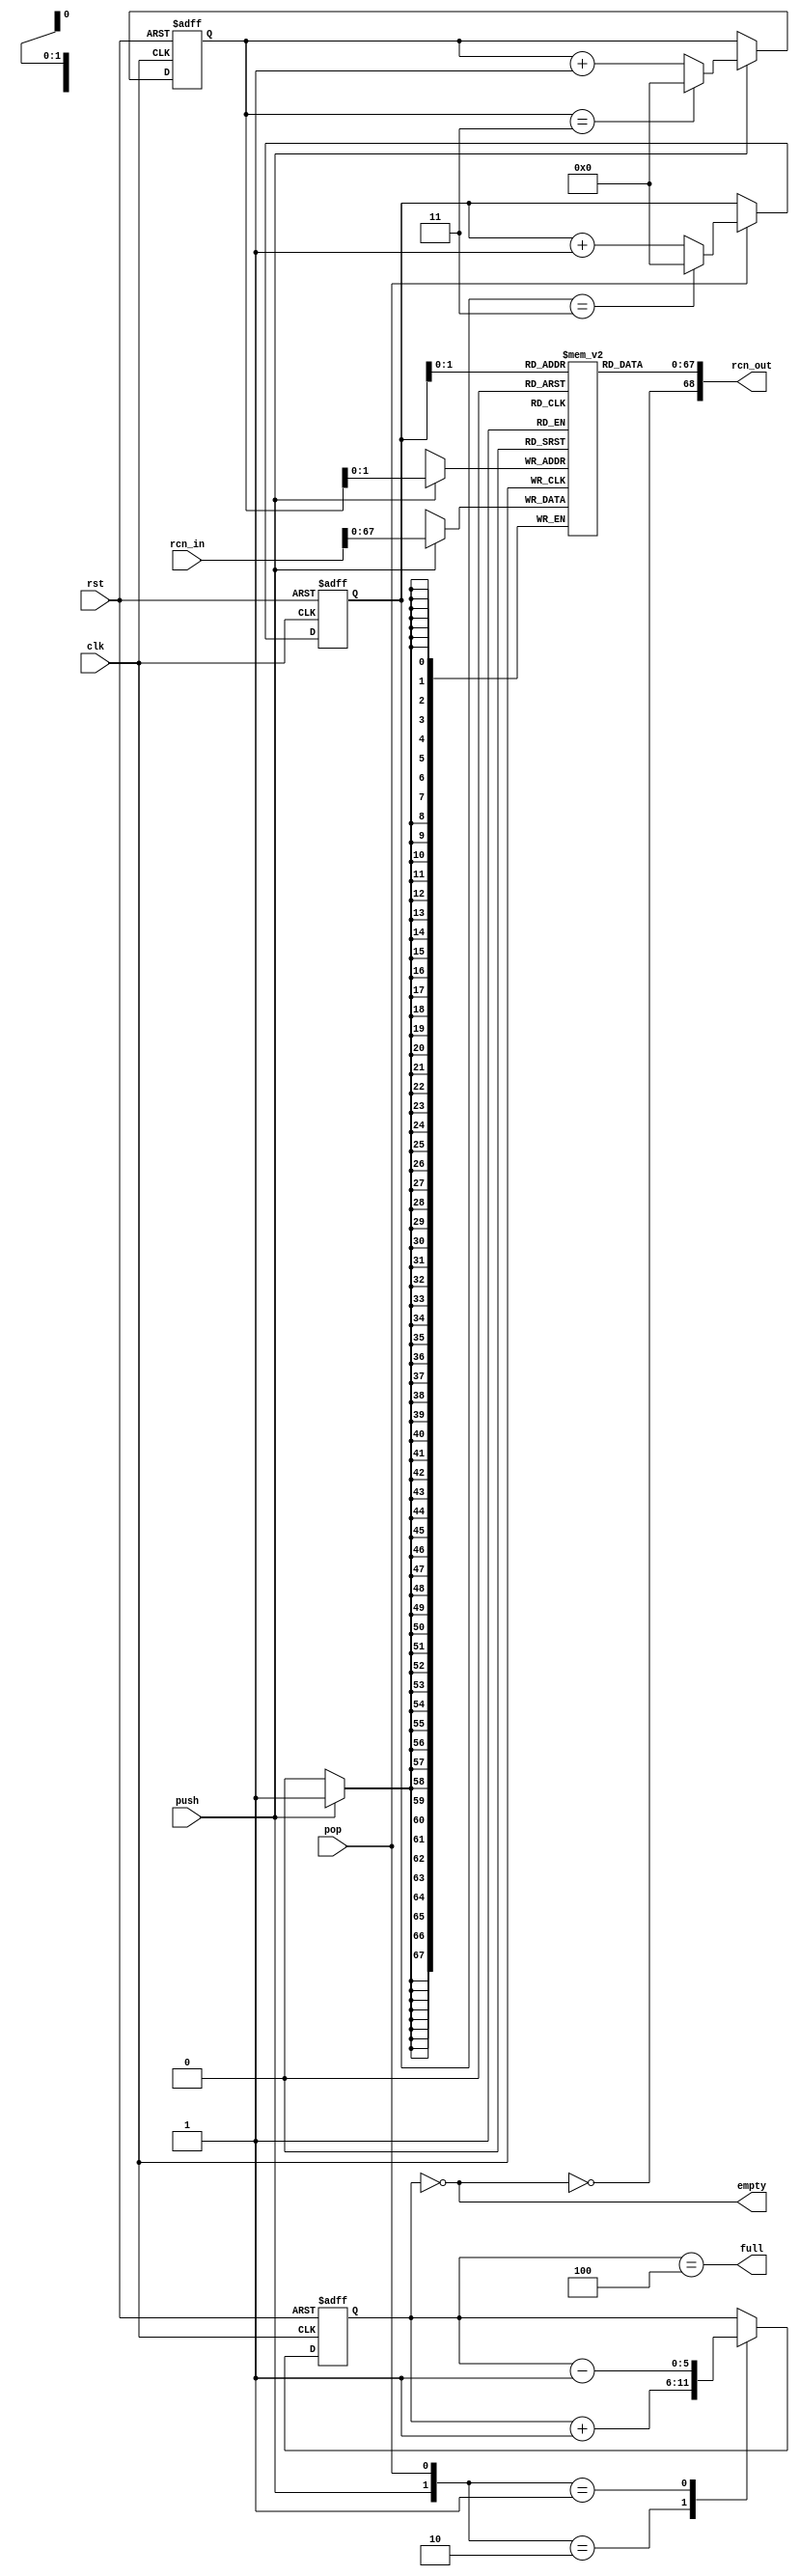
module rcn_fifo
(
    input rst,
    input clk,
    input [68:0] rcn_in,
    input push,
    output full,
    output [68:0] rcn_out,
    input pop,
    output empty
);
    parameter DEPTH = 4; 
    reg [4:0] head;
    reg [4:0] tail;
    reg [5:0] cnt;
    wire fifo_full = (cnt == DEPTH);
    wire fifo_empty = (cnt == 0);
    always @ (posedge clk or posedge rst)
        if (rst)
        begin
            head <= 5'd0;
            tail <= 5'd0;
            cnt <= 6'd0;
        end
        else
        begin
            if (push)
                head <= (head == (DEPTH - 1)) ? 5'd0 : head + 5'd1;
            if (pop)
                tail <= (tail == (DEPTH - 1)) ? 5'd0 : tail + 5'd1;
            case ({push, pop})
            2'b10: cnt <= cnt + 6'd1;
            2'b01: cnt <= cnt - 6'd1;
            default: ;
            endcase
        end
    reg [67:0] fifo[(DEPTH - 1):0];
    always @ (posedge clk)
        if (push)
            fifo[head] <= rcn_in[67:0];
    assign full = fifo_full;
    assign empty = fifo_empty;
    assign rcn_out = {!fifo_empty, fifo[tail]};
endmodule